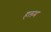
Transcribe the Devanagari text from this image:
हलम